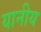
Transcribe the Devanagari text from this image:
यानीय